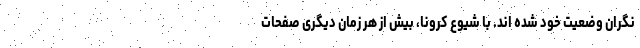
نگران وضعیت خود شده اند. با شیوع کرونا، بیش از هر زمان دیگری صفحات